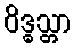
ဝိဒ္ဓသ္တာ